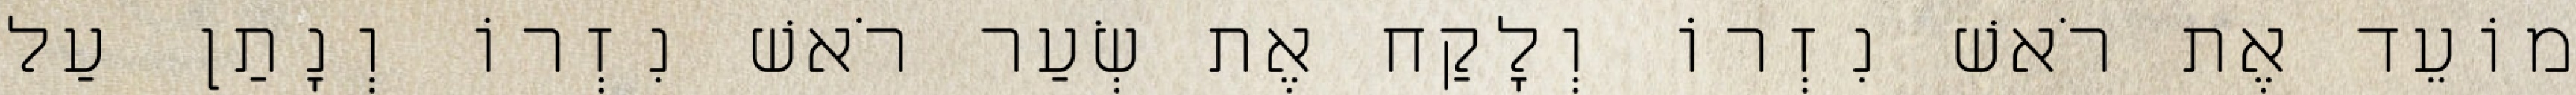
מוֹעֵד אֶת רֹאשׁ נִזְרוֹ וְלָקַח אֶת שְׂעַר רֹאשׁ נִזְרוֹ וְנָתַן עַל